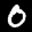
Label: 0